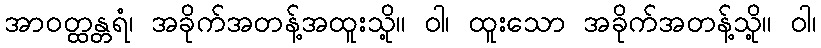
အာဝတ္ထန္တရံ၊ အခိုက်အတန့်အထူးသို့။ ဝါ၊ ထူးသော အခိုက်အတန့်သို့။ ဝါ၊